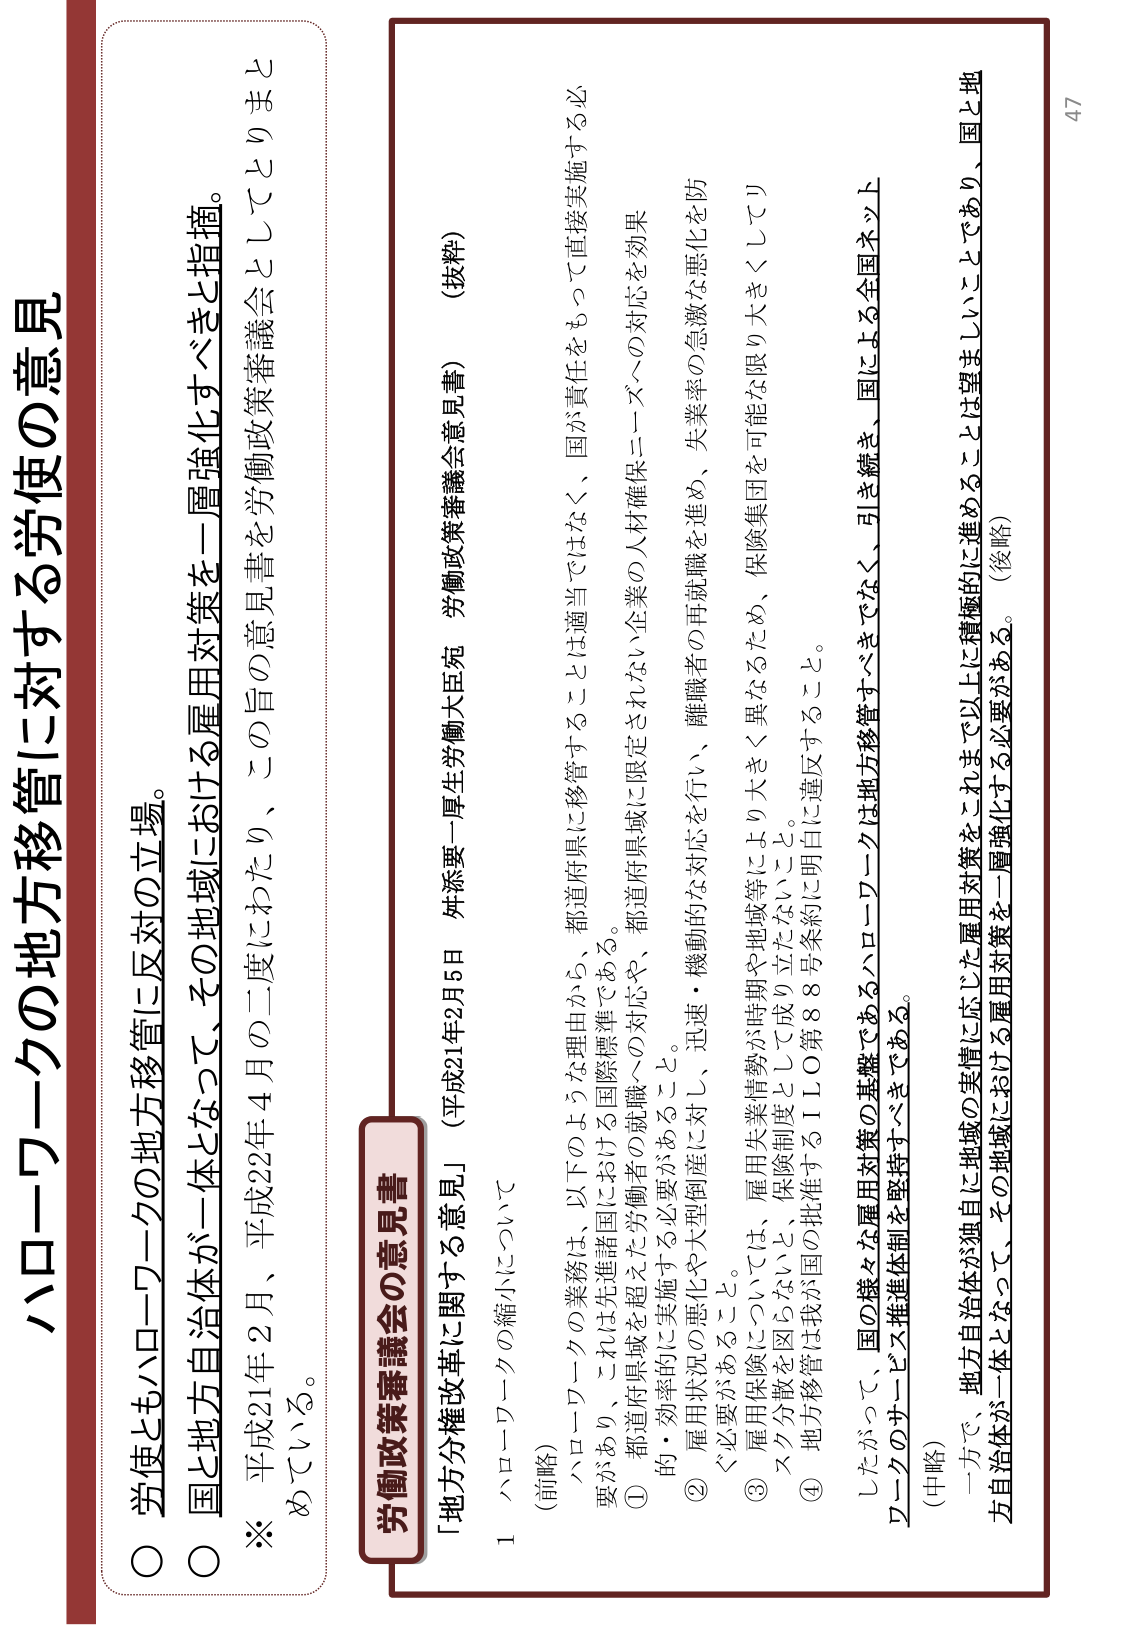
ハローワークの地方移管に対する労使の意見

○ 労使ともハローワークの地方移管に反対の立場。
○ 国と地方自治体が一体となって、その地域における雇用対策を一層強化すべきと指摘。
※ 平成21年2月、平成22年4月の二度にわたり、この旨の意見書を労働政策審議会としてとりまとめている。

労働政策審議会の意見書
「地方分権改革に関する意見」（平成21年2月5日 妹添要一厚生労働大臣宛 労働政策審議会意見書）（抜粋）

1 ハローワークの縮小について
（前略）
ハローワークの業務は、以下のような理由から、都道府県に移管することは適当ではなく、国が責任をもって直接実施する必要があり、これは先進諸国における国際標準でもある。
① 都道府県域を超えた労働者の就職への対応や、都道府県域に限定されない企業の人材確保ニーズへの対応を効果的・効率的に実施する必要があること。
② 雇用状況の悪化や大型倒産に対し、迅速・機動的な対応を行い、離職者の再就職を進め、失業率の急激な悪化を防ぐ必要があること。
③ 雇用保険については、雇用失業情勢が時期や地域等により大きく異なるため、保険集団を可能な限り大きくしてリスク分散を図らないと、保険制度として成り立たないこと。
④ 地方移管は我が国の批准するＩＬＯ第88号条約に違反すること。
したがって、国の様々な雇用対策の基盤であるハローワークは地方移管すべきではなく、引き続き、国による全国ネットワークのサービス推進体制を堅持すべきである。
（中略）
一方で、地方自治体が独自に地域の実情に応じた雇用対策をこれまで以上に積極的に進めることは望ましいことであり、国と地方自治体が一体となって、その地域における雇用対策を一層強化する必要がある。（後略）

47